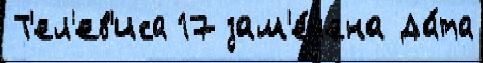
Т'ел'ев'иса 17 зам'е́чена Да́та